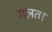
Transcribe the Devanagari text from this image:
गलत।